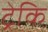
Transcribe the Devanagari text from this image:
ट्रेकि